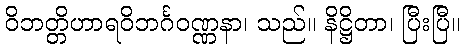
ဝိဘတ္တိဟာရဝိဘင်္ဂဝဏ္ဏနာ၊ သည်။ နိဋ္ဌိတာ၊ ပြီးပြီ။